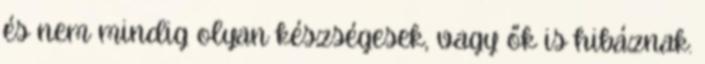
és nem mindig olyan készségesek, vagy ők is hibáznak.